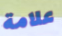
علامة